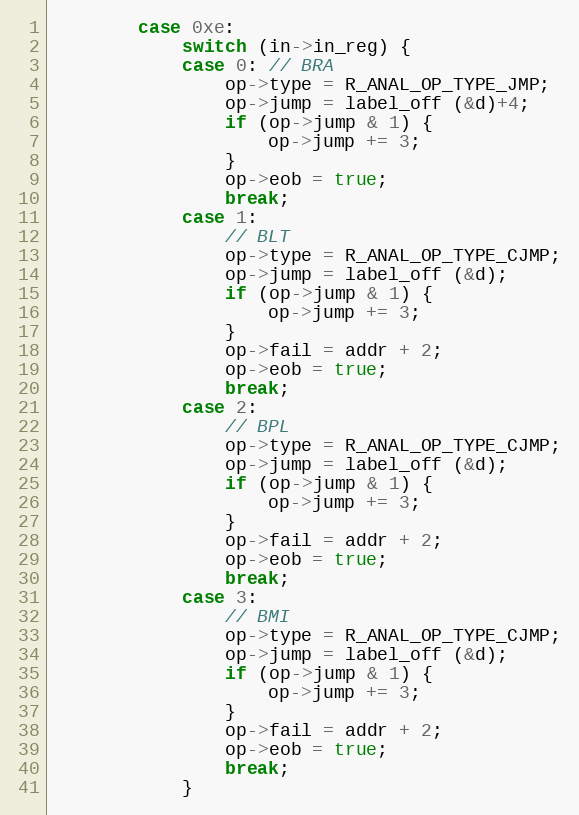
Language: C
		case 0xe:
			switch (in->in_reg) {
			case 0: // BRA
				op->type = R_ANAL_OP_TYPE_JMP;
				op->jump = label_off (&d)+4;
				if (op->jump & 1) {
					op->jump += 3;
				}
				op->eob = true;
				break;
			case 1:
				// BLT
				op->type = R_ANAL_OP_TYPE_CJMP;
				op->jump = label_off (&d);
				if (op->jump & 1) {
					op->jump += 3;
				}
				op->fail = addr + 2;
				op->eob = true;
				break;
			case 2:
				// BPL
				op->type = R_ANAL_OP_TYPE_CJMP;
				op->jump = label_off (&d);
				if (op->jump & 1) {
					op->jump += 3;
				}
				op->fail = addr + 2;
				op->eob = true;
				break;
			case 3:
				// BMI
				op->type = R_ANAL_OP_TYPE_CJMP;
				op->jump = label_off (&d);
				if (op->jump & 1) {
					op->jump += 3;
				}
				op->fail = addr + 2;
				op->eob = true;
				break;
			}